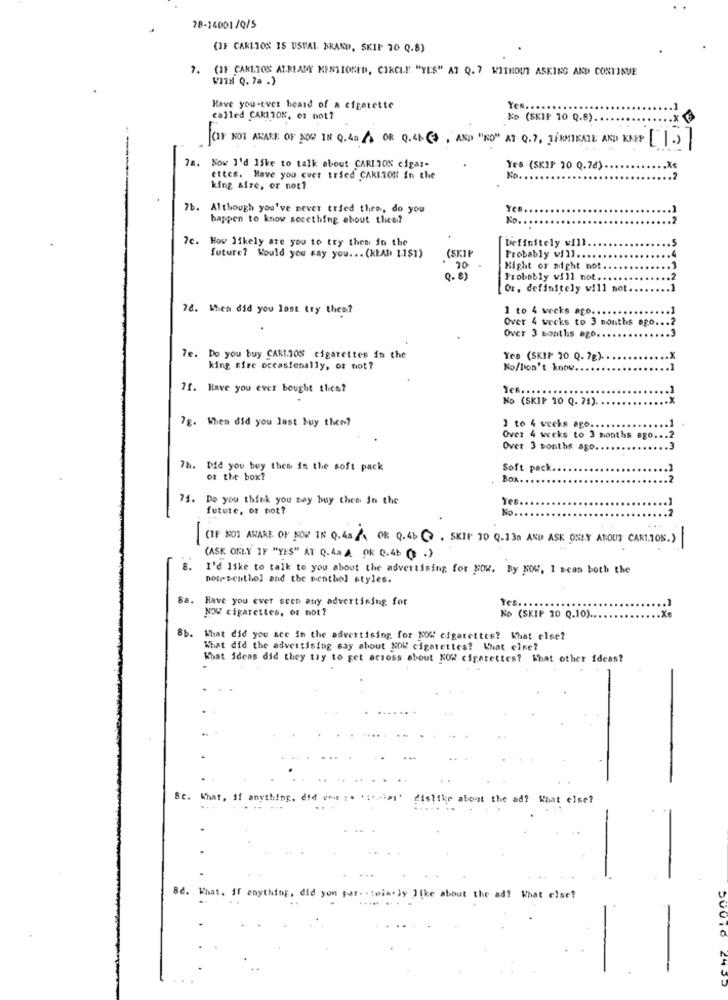
78-14001/0/5
(OF CARLOS IS USUAL BRAND, SKIP 70 Q.8)
7. (IF CAR1.10% ALREADY MENTIONED, CIRCLE "YES" AT Q. 7 WITHOUT ASKING AND CONTINUE
WITH Q. 78 .)
Have you -ever heard of a cigarette
Yes. ...
called CARIJON, or not?
No (SKIP 10 Q.6) ..
CIF NOT AKARE OF NOW 18 Q.45 / OR Q.41 (+ , AND "NO" AT Q.7, JINMIKATE AND KNEY [ ]>
78. Now I'd like to talk about CARLTON cigar-
Yes (SKIP 30 Q.78).
ettes. Have you ever tried CARLTON In the
No.
king size, or not?
7b.
Although you've never tried then, do you
Yes ..
happen to know socething about theei?
7e.
How likely are you to try then jo the
Definitely will.
(SKIP
Probably will ...
future? Would you say you ... (READ 11$1)
70
Hight or might not
Q. B)
Probably will not ...
Or, definitely will not.
78. When did you lost try thea?
1 to 4 weeks ago.
Over 4 weeks to 3 months ago ... 2
Over 3 months ago.
7e. Do you buy CARInOS cigarettes in the
Yes (SKIP 10 Q. 7g).
king size occasionally, or not ?
No/Don't know.
7f. Have you ever bought thes?
No (SKIP 10 Q. 74).
7g. When did you last buy them?
1 to 4 weeks ago ...
Over 4 weeks to 3 months ago ... 2
Over 3 months ago.
.3
7h. Did you buy them in the soft pack
Soft pack.
oz the box?
Box.
74. Do you think you say buy them in the
future, or not?
No.
(IF NOT AWARE OF NOR IN Q.43 /4 Ok Q.46 C> , SKIF 10 Q.13m AND ASK ONLY ABOUT CARLTON.>
-
-
(ASK ONLY IF "YES" AT Q.4a A OR 0.46 ( .)
I'd like to talk to you about the advertising for NOW. By NOW, 1 scan both the
note Deuthol and the nenthol styles.
8a.
Have you ever seen any advertising for
NOW cigarettes, or not?
Yes. ..
Ko (SKIP 10 Q.10).
8b.
What did you see in the advertising for NOW cigarettes? What else?
What did the advertising say about NOW cigarettes? What else?
What ideas did they try to get across about NOW cigarettes? What other ideas?
Sc. What,
dislike about the ad? What else?
. ..
&d. What, If anything, did yon par. . toin. ly like about the ad? What else?
24.